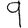
Digit: 9